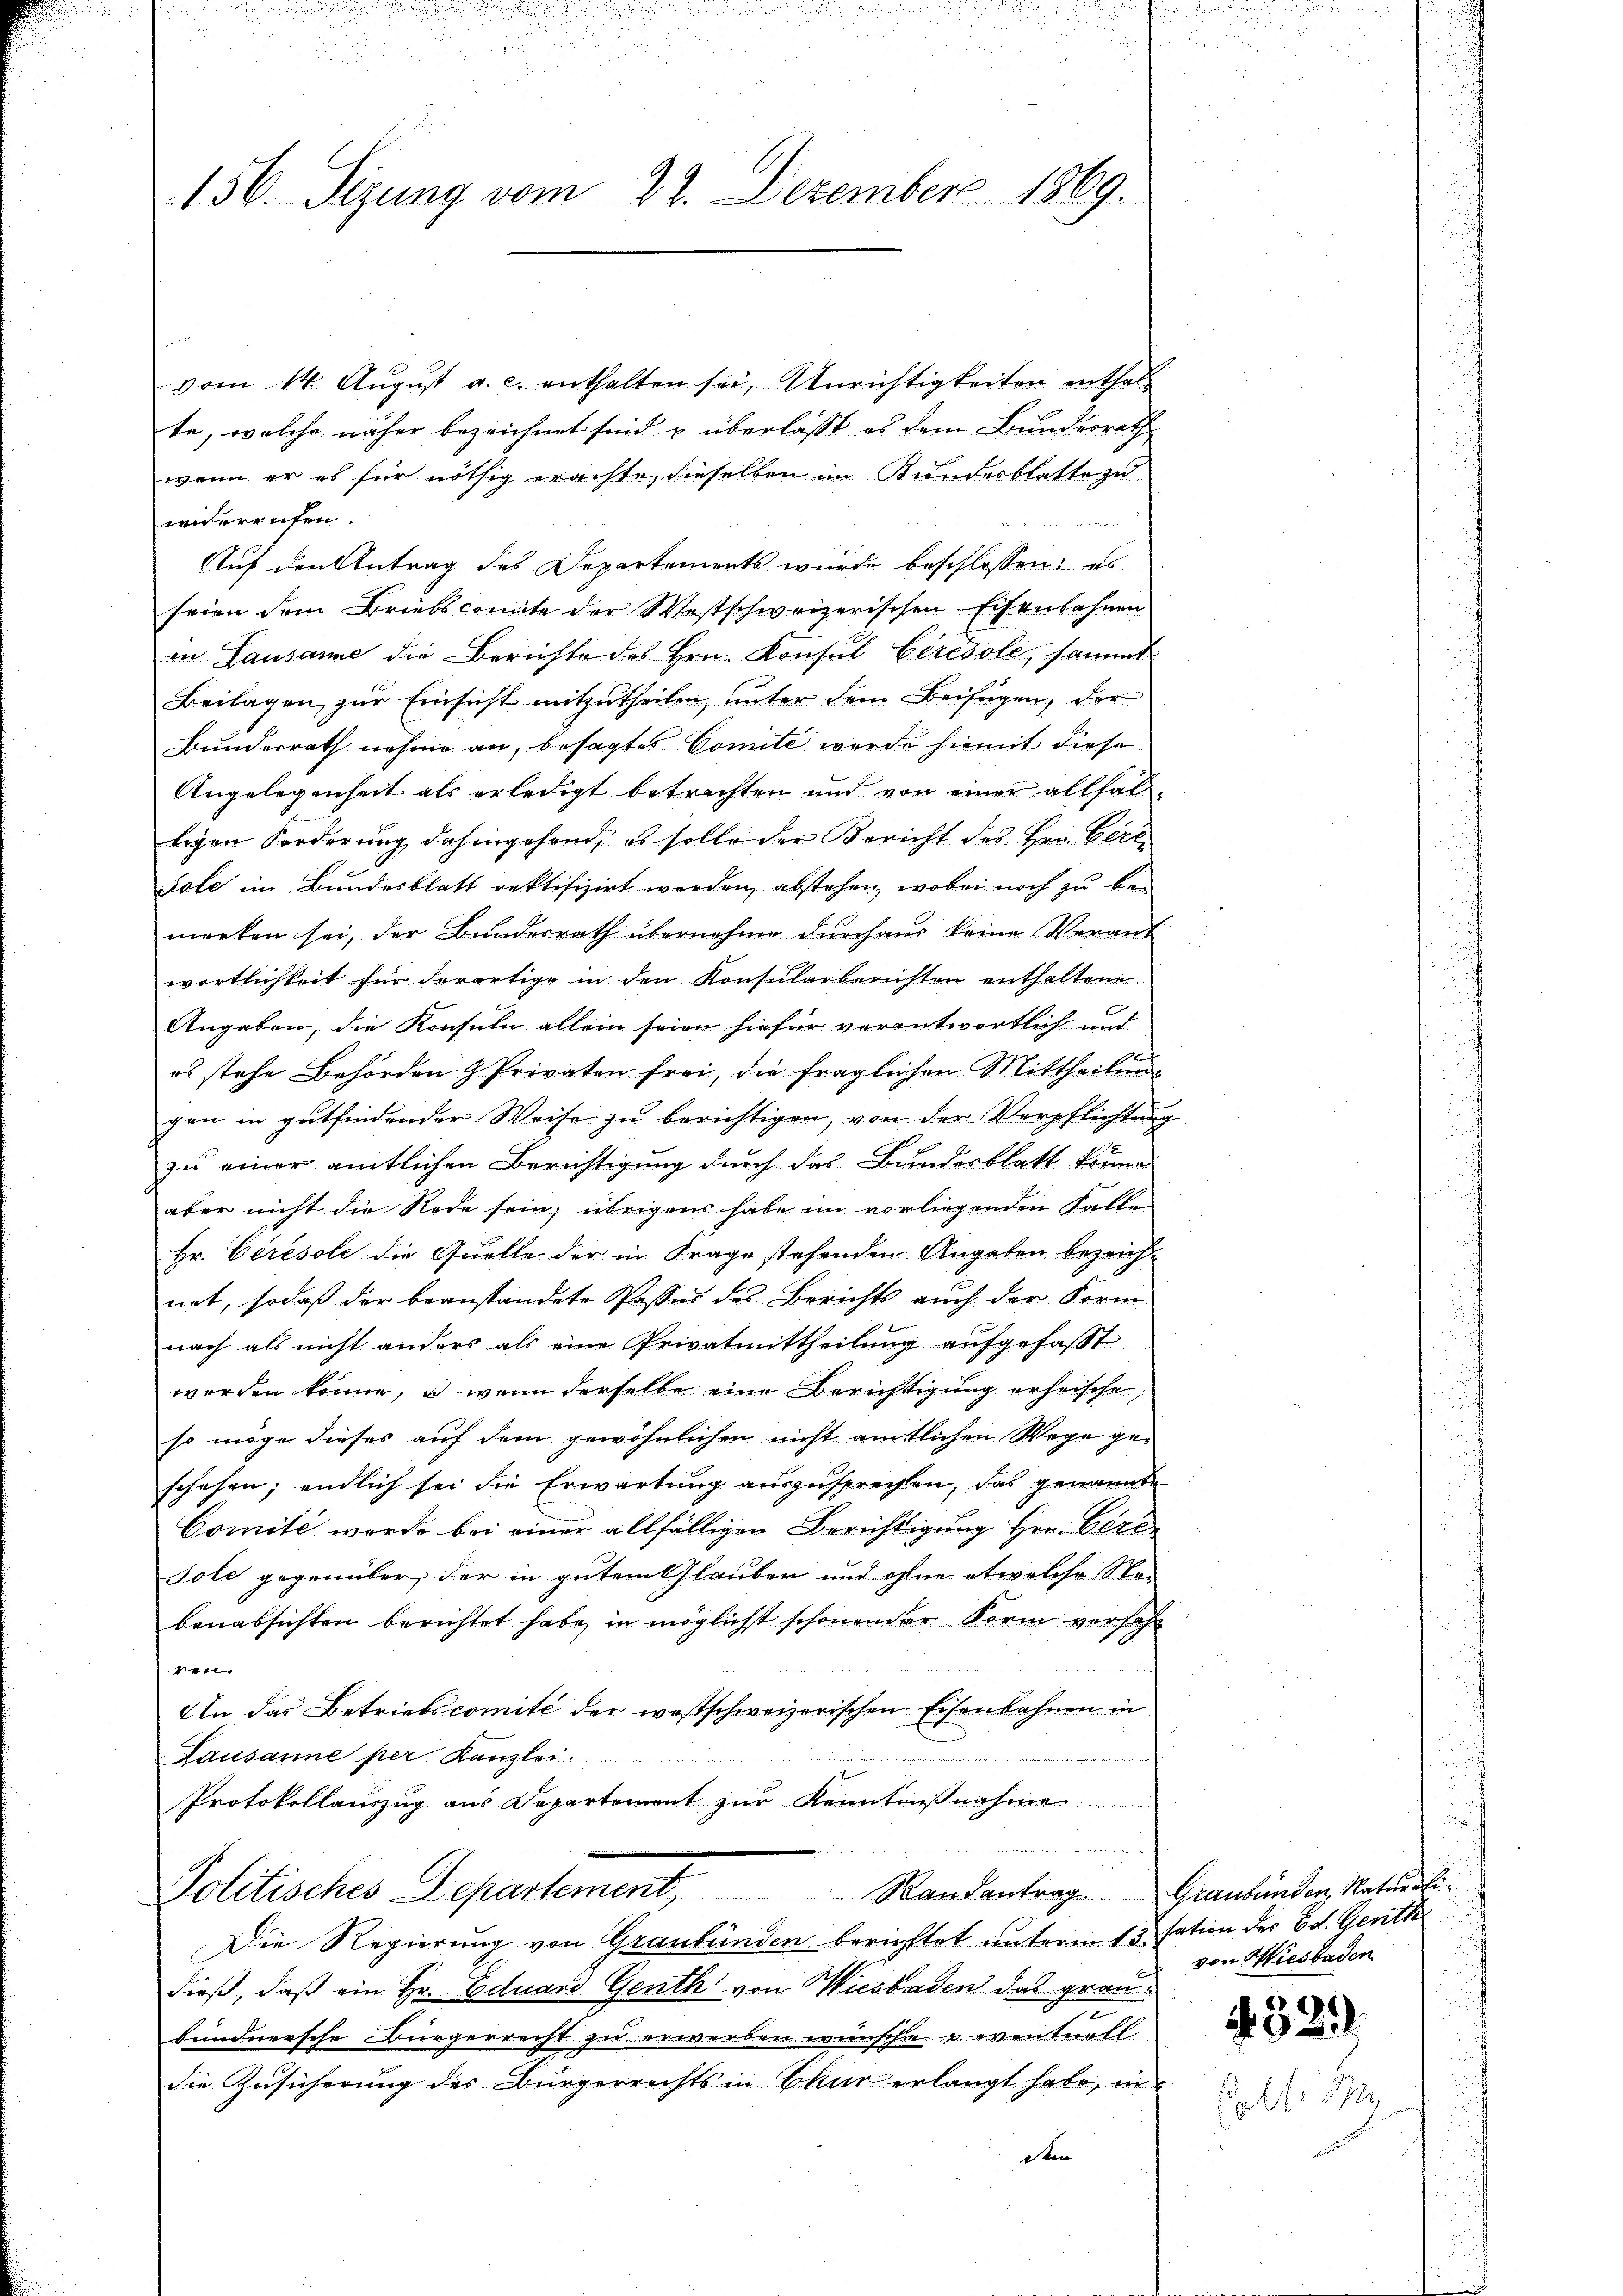
156. Sizung vom 22. Dezember 1869.

vom 14. August a. c. enthalten sei, Unrichtigkeiten enthal
te, welche näher bezeichnet sind u. überlasst, es dem Bundesrath
wenn er es für nöthig erachte, dieselben im Kundesblatte zu
widerrufen.
Auf den Antrag des Departements wurde beschlossen: es
feien dem Briebscomite der Westschweizerischen Eisenbahnen
in Lausanne die Berichte des Hrn. Konsul Ceresole, sammt
Beilagen, zur Einsicht mitzutheilen, unter dem Beifügen, der
Bunderrath nahme an, besagtes Comite werde hiemit diese
Angelegenheit als erledigt betrachten und von einer allfalligen Forderung dahingehend, es solle der Bericht des Hrn. Gere
Sole im Bundesblatt rektifizirt werden, abstehen, wobei noch zu bemerken sei, der Bundesrath übernehme dŭrchaus keine Verant
wortlichkeit für derartige in den Konsularberichten enthaltene
Angaben, die Konsuln allein seien hiefür verantwortlich und
es stehe Behörden & Privaten frei, die fraglichen Mittheilung
gen in gŭtfindender Weise zŭ berichtigen, von der Verpflichtŭng
zu einer amtlichen Berichtigung durch das Bundesblatt könne
aber nicht die Rede sein; übrigens habe im vorliegenden Falle
Hr. Ceresole die Quelle der in Frage stehenden Angaben bezeicht
net, sodaß der beanstandete Passes des Berichts auch der Form
nach als nicht anders als eine Privatmittheilung aufgefasst
werden könne, u. wenn derselbe eine Berichtigung erheische
so möge dieses auf dem gewöhnlichen nicht amtlichen Wege geschehen; endlich sei die Erwartung auszusprechen, das genannte
Comite wurde bei einer allfälligen Berichtigung Hrn. Bere
Jole gegenüber, der in gutem Glauben und ohne etwelche Stei
benabsichten berichtet habe, in möglichst schonender Form verfahr
sien |
An das Betriebscomité der westschweizerischen Eisenbahnen in
Lausanne per Kanzle
Protokollauszug aus Departement zŭr Kenntniβnahme
e

Politisches Departement, Randentrag

Die Regierung von Graubünden berichttet unterm 13. dation der Ed. Genth
dieß, daß ein Hr. Eduard Genth von Wiesbaden das graubundnersche Bürgerrecht zu erwerben wünsche reventuell
die Zusicherung des Bürgerrechts in Chur erlangt habe, in
dten

Graubünden Naturali
von Wiesbaden

529

.